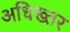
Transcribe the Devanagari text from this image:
अधिख्तर